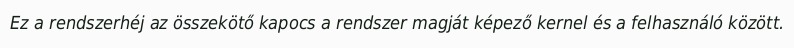
Ez a rendszerhéj az összekötő kapocs a rendszer magját képező kernel és a felhasználó között.